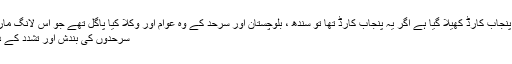
آپ کے مفصل مراسلوں میں جگہ جگہ یہ تاثر ملتا ہے کہ پنجاب کارڈ کھیلا گیا ہے اگر یہ پنجاب کارڈ تھا تو سندھ ، بلوچستان اور سرحد کے وہ عوام اور وکلا کیا پاگل تھے جو اس لانگ مارچ میں شامل ہونا چاہ رہے تھے اور دفعہ 144 ، صوبائی
سرحدوں کی بندش اور تشدد کے ذریعے ان کو لانگ مارچ مین شریک ہونے سے روکا گیا۔